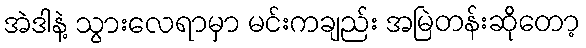
အဲဒါနဲ့ သွားလေရာမှာ မင်းကချည်း အမြဲတန်းဆိုတော့